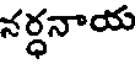
నర్ధనాయ